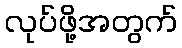
လုပ်ဖို့အတွက်